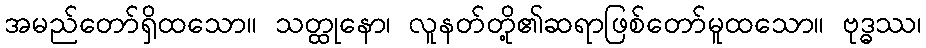
အမည်တော်ရှိထသော။ သတ္ထုနော၊ လူနတ်တို့၏ဆရာဖြစ်တော်မူထသော။ ဗုဒ္ဓဿ၊